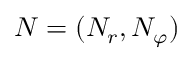
\boldsymbol { N } = ( N _ { r } , N _ { \varphi } )